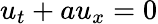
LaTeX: u_{t}+au_{x}=0